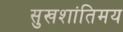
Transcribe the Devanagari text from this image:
सुखशांतिमय